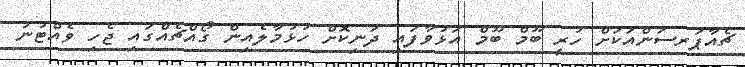
ޗެއާޕަރސަންއަކަށް ހުރީ ބޫމް ބޫމް އަޅުވާފައި ދަނިކޮށް ހުޅުމާލެއިން ގޯއްޗެއްގައި ޖެހި ވެއްޓުނު